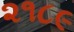
૨૧૮૯